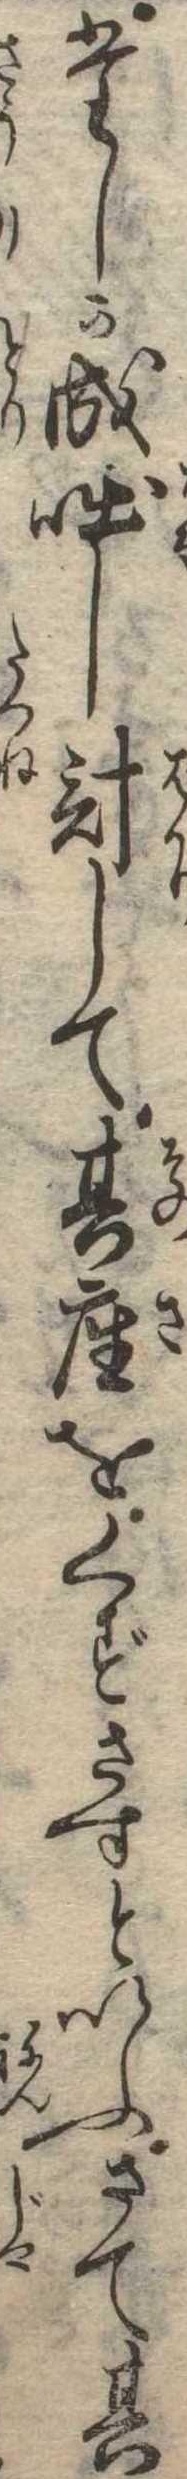
たしか成咄し計して其座をくずさずといふさて其